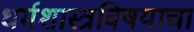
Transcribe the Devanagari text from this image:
धर्मशास्त्रविषयाचा